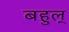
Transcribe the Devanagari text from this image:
बहुल्